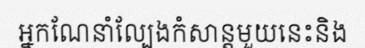
អ្នកណែនាំល្បែងកំសាន្តមួយនេះនិង